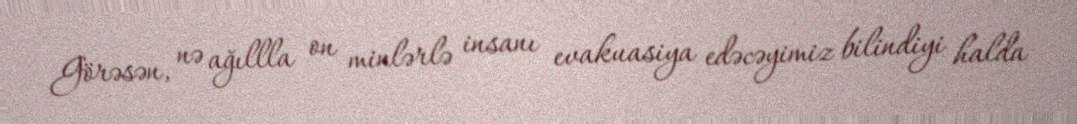
Görəsən, nə ağıllla on minlərlə insanı evakuasiya edəcəyimiz bilindiyi halda